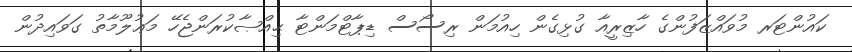
ކައުންޓަރ މުވައްޒަފުންގެ ހާޒިރީއާ ގުޅިގެން ހިއުމަން ރިސޯސް ޑިޕާޓްމަންޓާ ޙިއްޞާކުރަންޖެހޭ މަޢުލޫމާތު ގަވައިދުން